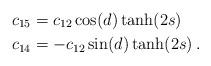
LaTeX: \begin{align*} c_{15} &= c_{12}\cos(d)\tanh(2s)\\ c_{14} &= -c_{12}\sin(d)\tanh(2s)\, .\end{align*}